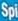
Spi